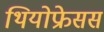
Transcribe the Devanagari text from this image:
थियोफ्रेसस